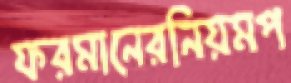
ফরমানেরনিয়মপ